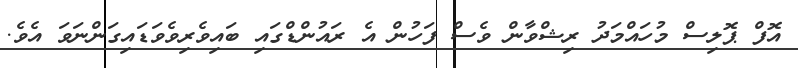
އޮފް ޕޮލިސް މުހައްމަދު ރިޝްވާން ވެސް ފަހުން އެ ރައުންޑްގައި ބައިވެރިވެވަޑައިގަންނަވަ އެވެ.